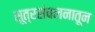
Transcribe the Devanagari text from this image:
सूत्रसंचलनातून